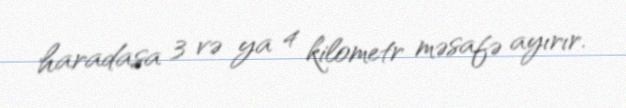
haradasa 3 və ya 4 kilometr məsafə ayırır.